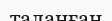
таланған